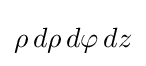
\rho \,d\rho \,d\varphi \,dz